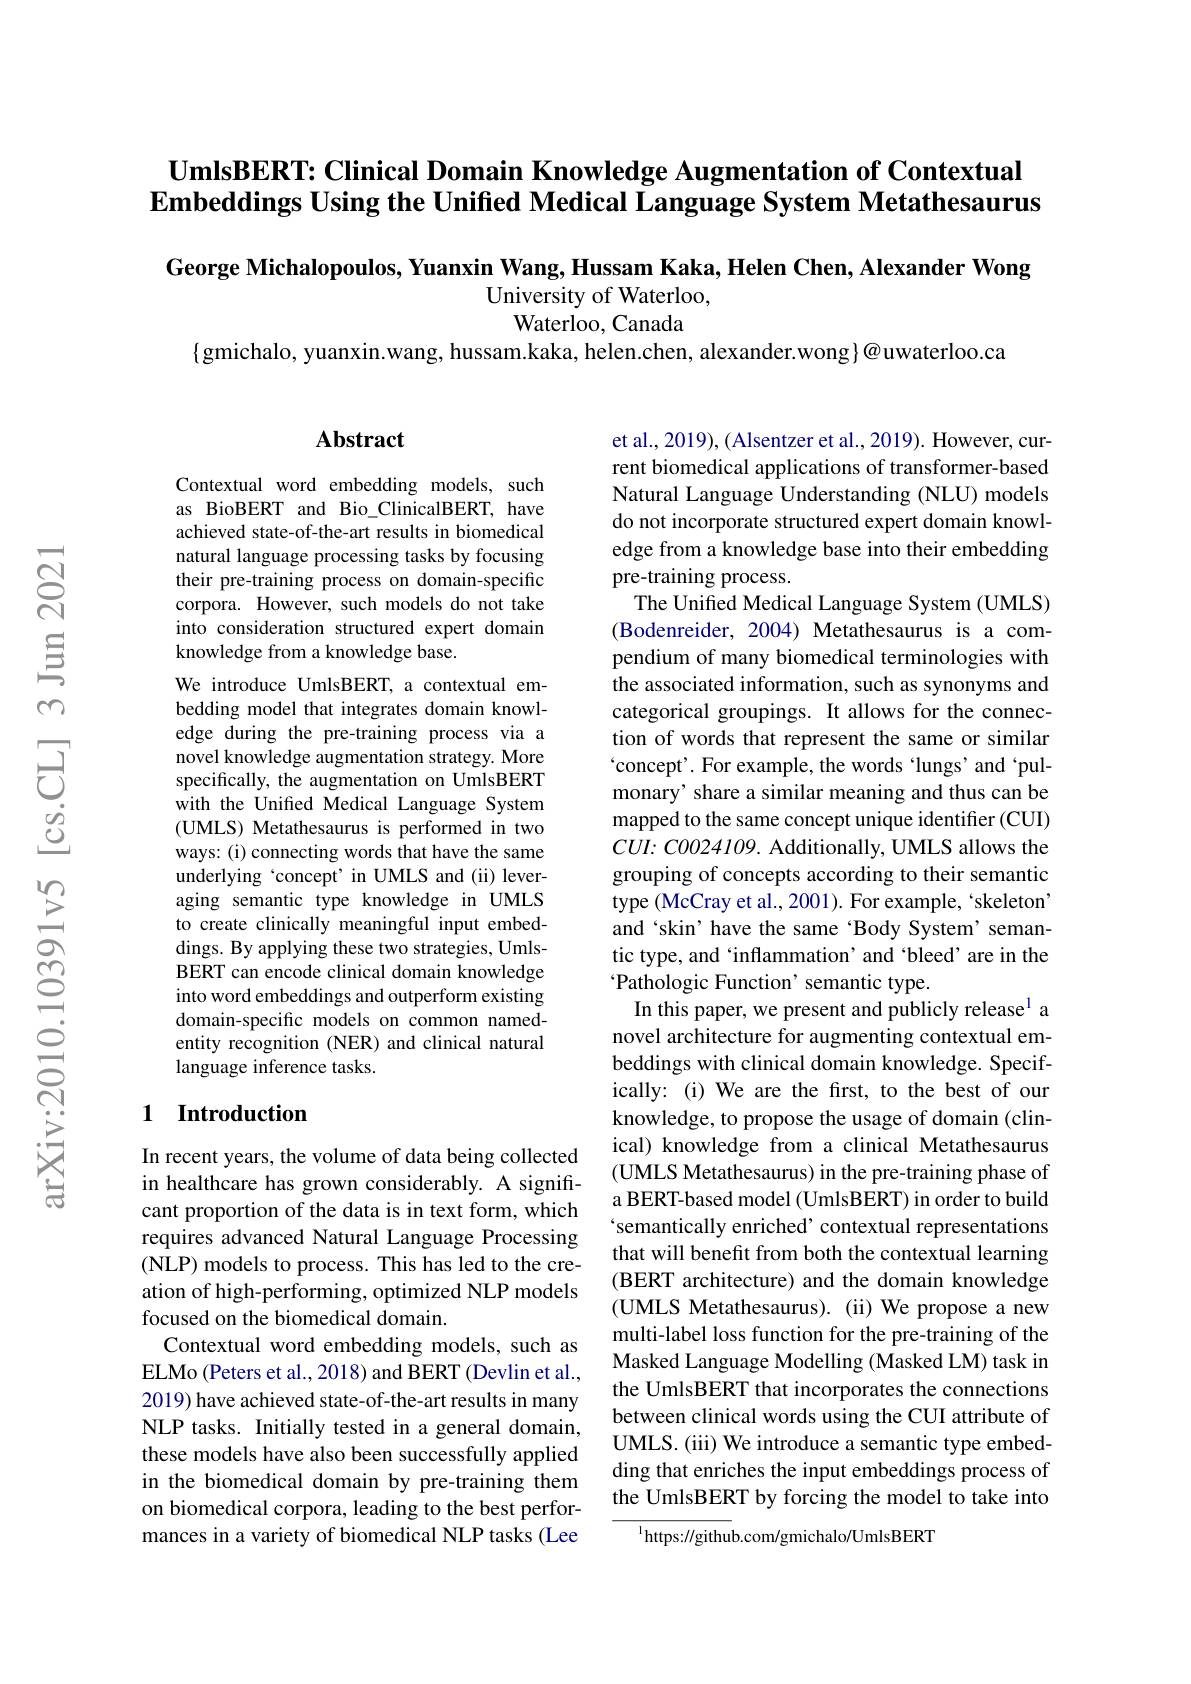
## $\textbf{UmlsBERT: Clinical Domain Knowledge Augmentation of Contextual}$ $\textbf{Embeddings Using the Unified Medical Language System Metathesaurus}$

George Michalopoulos, Yuanxin Wang, Hussam Kaka, Helen Chen, Alexander Wong
University of Waterloo,

${\mathrm{Waterloo,Canada}}$

$\{$gmichalo, yuanxin.wang, hussam.kaka, helen.chen, alexander.wong$\}@$uwaterloo.ca

## $\mathbf{Abstract}$

Contextual word embedding models, such as BioBERT and Bio\_ClinicalBERT, have achieved state-of-the-art results in biomedical natural language processing tasks by focusing their pre-training process on domain-specific corpora. However, such models do not take into consideration structured expert domain knowledge from a knowledge base.
We introduce UmlsBERT, a contextual embedding model that integrates domain knowledge during the pre-training process via a novel knowledge augmentation strategy. More specifically, the augmentation on UmlsBERT with the Unifed Medical Language System (UMLS) Metathesaurus is performed in two ways: (i) connecting words that have the same underlying `concept' in UMLS and (ii) leveraging semantic type knowledge in UMLS to create clinically meaningful input embeddings. By applying these two strategies, UmlsBERT can encode clinical domain knowledge into word embeddings and outperform existing domain-specific models on common namedentity recognition (NER) and clinical natural language inference tasks.

## 1 Introduction

In recent years, the volume of data being collected in healthcare has grown considerably. A significant proportion of the data is in text form, which requires advanced Natural Language Processing (NLP) models to process. This has led to the creation of high-performing, optimized NLP models focused on the biomedical domain.
Contextual word embedding models, such as ELMo (Peters et al., 2018) and BERT (Devlin et al., 2019) have achieved state-of-the-art results in many NLP tasks. Initially tested in a general domain, these models have also been successfully applied in the biomedical domain by pre-training them on biomedical corpora, leading to the best performances in a variety of biomedical NLP tasks (Lee

et al., 2019), ( Alsentzer et al., 2019). However, current biomedical applications of transformer-based Natural Language Understanding (NLU) models do not incorporate structured expert domain knowledge from a knowledge base into their embedding pre-training process.
The Unified Medical Language System (UMLS) (Bodenreider, 2004) Metathesaurus is a compendium of many biomedical terminologies with the associated information, such as synonyms and categorical groupings. It allows for the connection of words that represent the same or similar $`$concept'. For example, the words 'lungs'and‘pulmonary' share a similar meaning and thus can be mapped to the same concept unique identifier (CUI) $CUI:COO24109.$ Additionally, UMLS allows the grouping of concepts according to their semantic type (McCray et al., 2001). For example, ‘skeleton’ and‘skin’ have the same‘Body System' semantic type, and ‘inflammation’and ‘bleed’are in the Pathologic Function' semantic type.
In this paper, we present and publicly release$^{1}$ a novel architecture for augmenting contextual embeddings with clinical domain knowledge. Specifically: (i) We are the first, to the best of our knowledge, to propose the usage of domain (clinical) knowledge from a clinical Metathesaurus (UMLS Metathesaurus) in the pre-training phase of a BERT-based model (UmlsBERT) in order to build semantically enriched’contextual representations that will benefit from both the contextual learning (BERT architecture) and the domain knowledge (UMLS Metathesaurus). (ii) We propose a new multi-label loss function for the pre-training of the Masked Language Modelling (Masked LM) task in the UmlsBERT that incorporates the connections between clinical words using the CUI attribute of UMLS. (iii) We introduce a semantic type embedding that enriches the input embeddings process of the UmlsBERT by forcing the model to take into
$^{1}$https://github.com/gmichalo/UmlsBERT